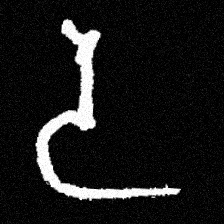
Pyu character \u2014 Myanmar letter: ဒ (romanized: da)